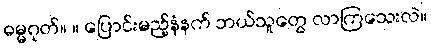
ဓမ္မဂုတ်။ ။ ပြောင်းမည့်နံနက် ဘယ်သူတွေ လာကြသေးလဲ။